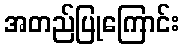
အတည်ပြုကြောင်း